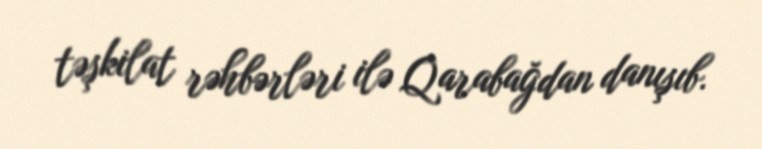
təşkilat rəhbərləri ilə Qarabağdan danışıb.